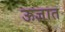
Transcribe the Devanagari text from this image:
ऊज्ञात